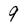
Character: 9